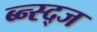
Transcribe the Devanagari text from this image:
ब्न्स्द्ज